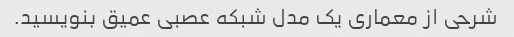
شرحی از معماری یک مدل شبکه عصبی عمیق بنویسید.